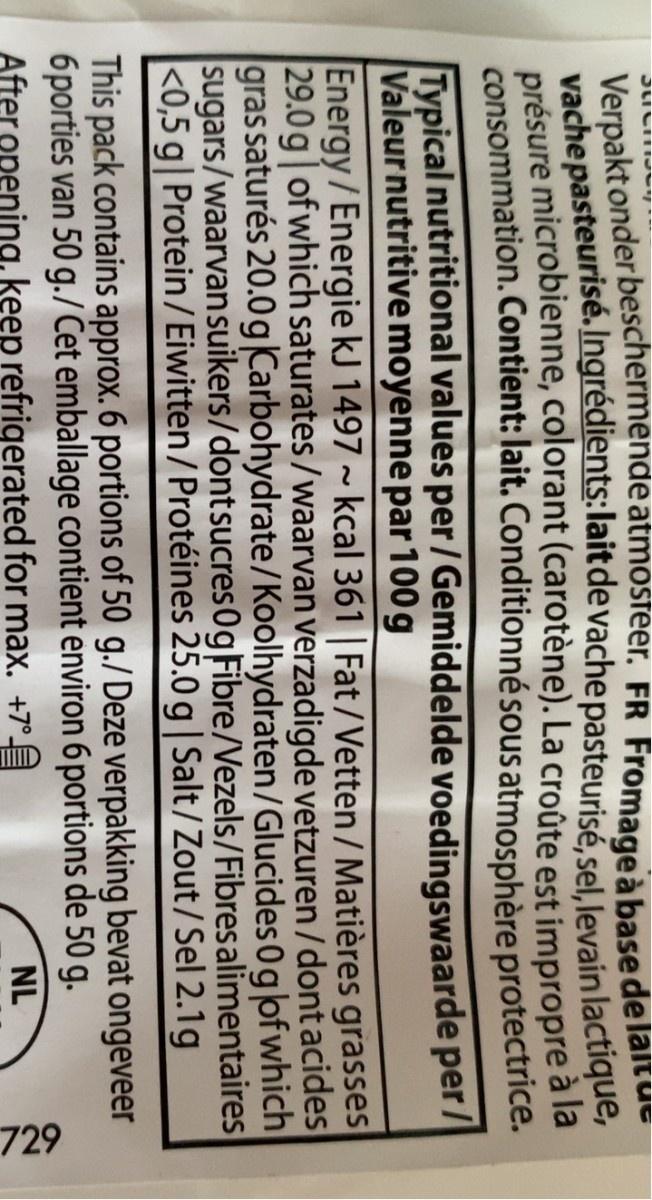
729
Verpakt onder beschermende atmosteer. FR Fromage à base de laitu- vachepasteurisé.Ingrédients:lait de vache pasteurisé, sel, levain lactique, présure microbienne, colorant (carotène). La croûte est impropre à la consommation. Contient: lait. Conditionnésous atmosphère protectrice. Typical nutritional values per / Gemiddelde voedingswaarde per / Valeur nutritive moyenne par 100 g Energy / Energie kJ 1497 ~ kcal 361 | Fat/Vetten / Matières grasses 29.0g| of which saturates/waarvan verzadigde vetzuren / dont acides gras saturés 20.0 g|Carbohydrate/Koolhydraten/Glucides 0g|ofwhich sugars/waarvan suikers/dontsucres Og Fibre/Vezels/Fibresalimentaires <0,5 g| Protein/ Eiwitten/Protéines 25.0 g | Salt/Zout/Sel 2.1g
This pack contains approx. 6 portions of 50 g./Deze verpakking bevat ongeveer 6porties van 50 g./Cet emballage contient environ 6 portions de 50 g. After opening, keep refrigerated for max. +7°A
NL